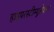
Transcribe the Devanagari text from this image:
हाइपरस्टीम्यूलेशन